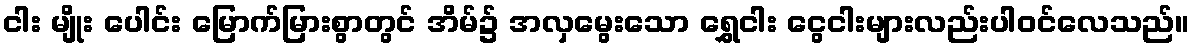
ငါး မျိုး ပေါင်း မြောက်မြားစွာတွင် အိမ်၌ အလှမွေးသော ရွှေငါး ငွေငါးများလည်းပါဝင်လေသည်။